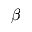
\boldsymbol { \beta }